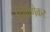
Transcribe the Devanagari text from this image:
हिंगोणेकर